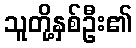
သူတို့နှစ်ဦး၏